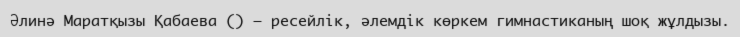
Әлинә Маратқызы Қабаева () — ресейлік, әлемдік көркем гимнастиканың шоқ жұлдызы.